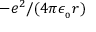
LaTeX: \textstyle - e ^ { 2 } / ( 4 \pi \epsilon _ { _ { 0 } } r )